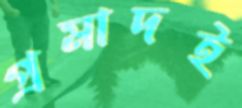
প্রমাদই